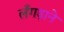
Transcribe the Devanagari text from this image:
लँगड़ाने